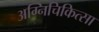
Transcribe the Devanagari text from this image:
अग्निचिकित्सा